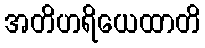
အတိဟရိယေထာတိ